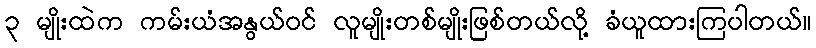
၃ မျိုးထဲက ကမ်းယံအနွယ်ဝင် လူမျိုးတစ်မျိုးဖြစ်တယ်လို့ ခံယူထားကြပါတယ်။